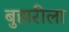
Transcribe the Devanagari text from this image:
बुहारीला